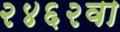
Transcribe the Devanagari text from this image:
२४६२वा